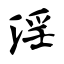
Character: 淫